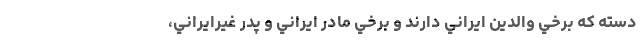
دسته كه برخي والدين ايراني دارند و برخي مادر ايراني و پدر غيرايراني،